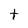
Character: t